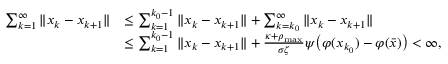
\begin{array} { r l } { \sum _ { k = 1 } ^ { \infty } \| x _ { k } - x _ { k + 1 } \| } & { \leq \sum _ { k = 1 } ^ { k _ { 0 } - 1 } \| x _ { k } - x _ { k + 1 } \| + \sum _ { k = k _ { 0 } } ^ { \infty } \| x _ { k } - x _ { k + 1 } \| } \\ & { \leq \sum _ { k = 1 } ^ { k _ { 0 } - 1 } \| x _ { k } - x _ { k + 1 } \| + \frac { \kappa + \rho _ { \operatorname* { m a x } } } { \sigma \zeta } \psi \big ( \varphi ( x _ { k _ { 0 } } ) - \varphi ( \bar { x } ) \big ) < \infty , } \end{array}